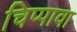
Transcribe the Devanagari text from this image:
चिप्पावा